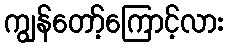
ကျွန်တော့်ကြောင့်လား